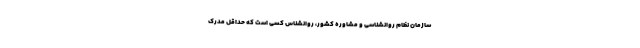
سازمان نظام روانشناسی و مشاوره کشور، روانشناس کسی است که حداقل مدرک